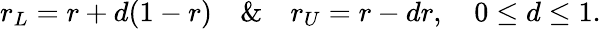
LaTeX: r_{L}=r+d(1-r)\quad\& \quad r_{U}=r-dr,\quad 0\leq d\leq 1.